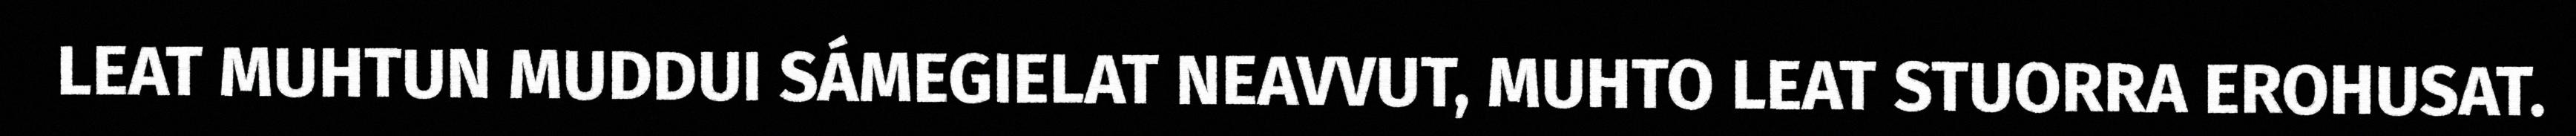
LEAT MUHTUN MUDDUI SÁMEGIELAT NEAVVUT, MUHTO LEAT STUORRA EROHUSAT.